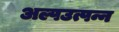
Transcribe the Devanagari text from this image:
अल्पउत्पन्न